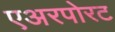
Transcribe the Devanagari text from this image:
एअरपोरट